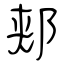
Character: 郏